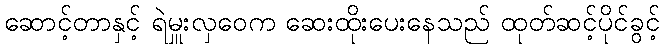
ဆောင့်တာနှင့် ရဲမှူးလှဝေက ဆေးထိုးပေးနေသည် ထုတ်ဆင့်ပိုင်ခွင့်